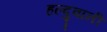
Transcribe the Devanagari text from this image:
हल्दुवानी